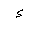
Letter: _hamza